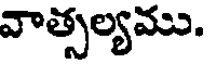
వాత్సల్యము.